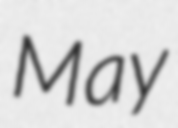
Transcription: May